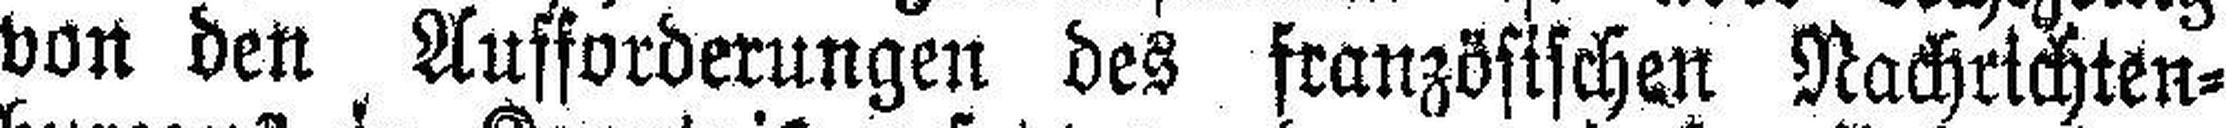
von den Aufforderungen des französischen Nachrichten¬